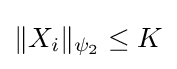
\|X_{i}\|_{\psi _{2}}\leq K